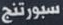
سبورتنج